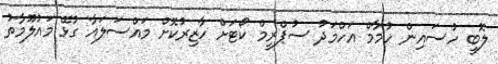
ލޮބީ ހުސައިން ހުމާމް އަހްމަދު ސުޕްރީމް ކޯޓަށް ހާޒިރުކޮށް މައްސަލައާ ގުޅޭ މައުލޫމާތު